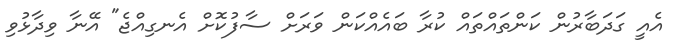
އެއީ ގަދަބާރުން ކަންތައްތައް ކުރާ ބައެއްކަން ވަރަށް ސާފުކޮށް އެނގިއްޖެ" އޭނާ ވިދާޅުވި